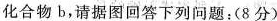
化合物b，请据图回答下列问题：(8分)